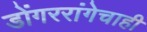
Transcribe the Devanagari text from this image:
डोंगररांगेचाही